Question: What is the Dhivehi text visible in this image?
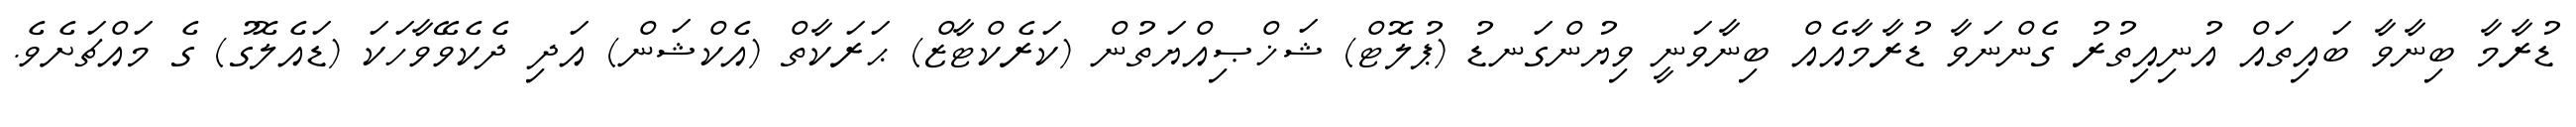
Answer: ޑުރާމާ ބިނާވާ ބައިތައް އުނިއިތުރު ގެންނަވާ ޑުރާމާއެއް ބިނާވަނީ ވިޔުންގަނޑު (ޕުލޮޓް) ޝަޚްޞިއްޔަތުން (ކަރެކްޓާޒް) ޙަރަކާތް (އެކްޝަން) އަދި ދެކެވޭވާހަކަ (ޑައެލޮގު) ގެ މައްޗަށެވެ.